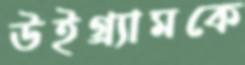
উইগ্র্যামকে